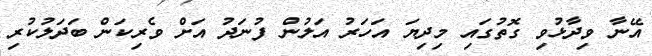
އޭނާ ވިދާޅުވި ގޮތުގައި މިދިޔަ އަހަރު އަލުން ފުނަދު އަށް ވެރިކަން ބަދަލުކުރި